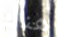
هناك